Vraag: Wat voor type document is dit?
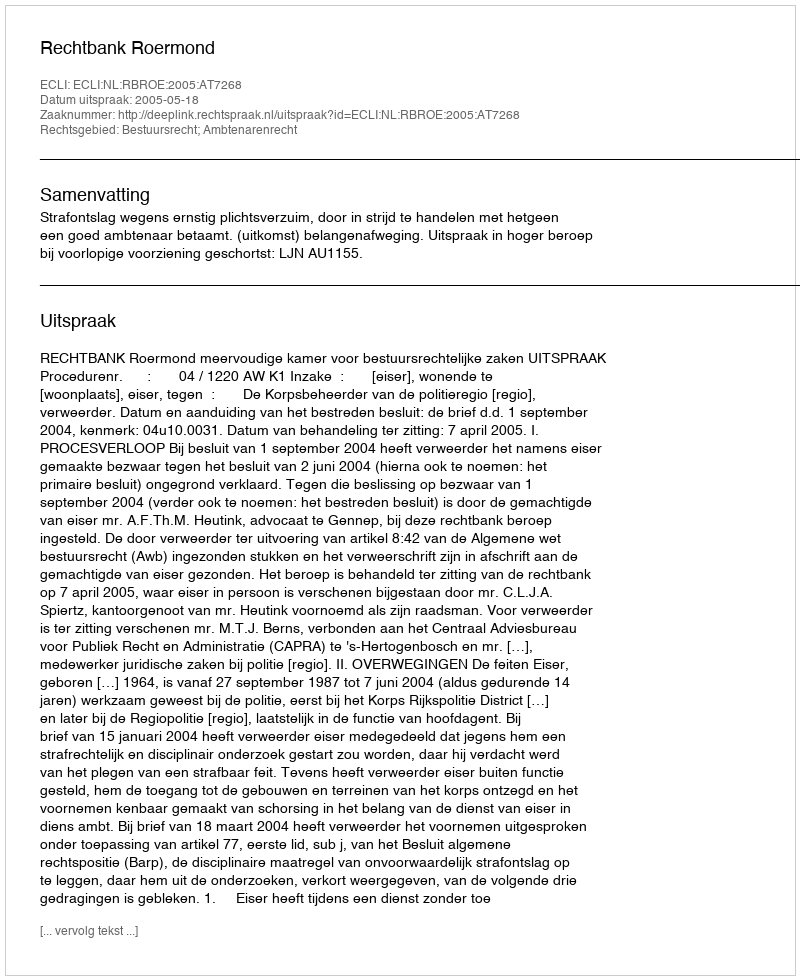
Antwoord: Uitspraak